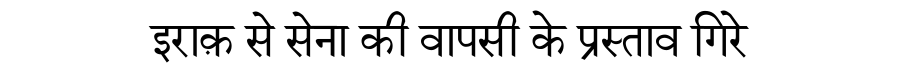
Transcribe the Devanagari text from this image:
इराक़ से सेना की वापसी के प्रस्ताव गिरे